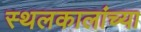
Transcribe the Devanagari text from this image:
स्थलकालांच्या